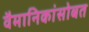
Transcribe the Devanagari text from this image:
वैमानिकांसोबत